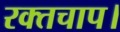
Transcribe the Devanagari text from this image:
रक्तचाप।